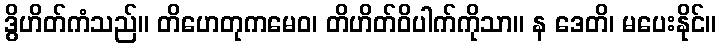
ဒွိဟိတ်ကံသည်။ တိဟေတုကမေဝ၊ တိဟိတ်ဝိပါက်ကိုသာ။ န ဒေတိ၊ မပေးနိုင်။